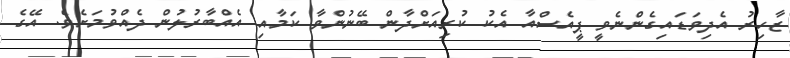
ޒާހިރު އެދިވަޑައިގެންނެވީ ޕީއެސްއާ އެކު ކުރިއަށްދާން ބޭނުންވާ ކަމާއި އެއްބާރުލުން ދެއްވުމަށެވެ. އޭގެ